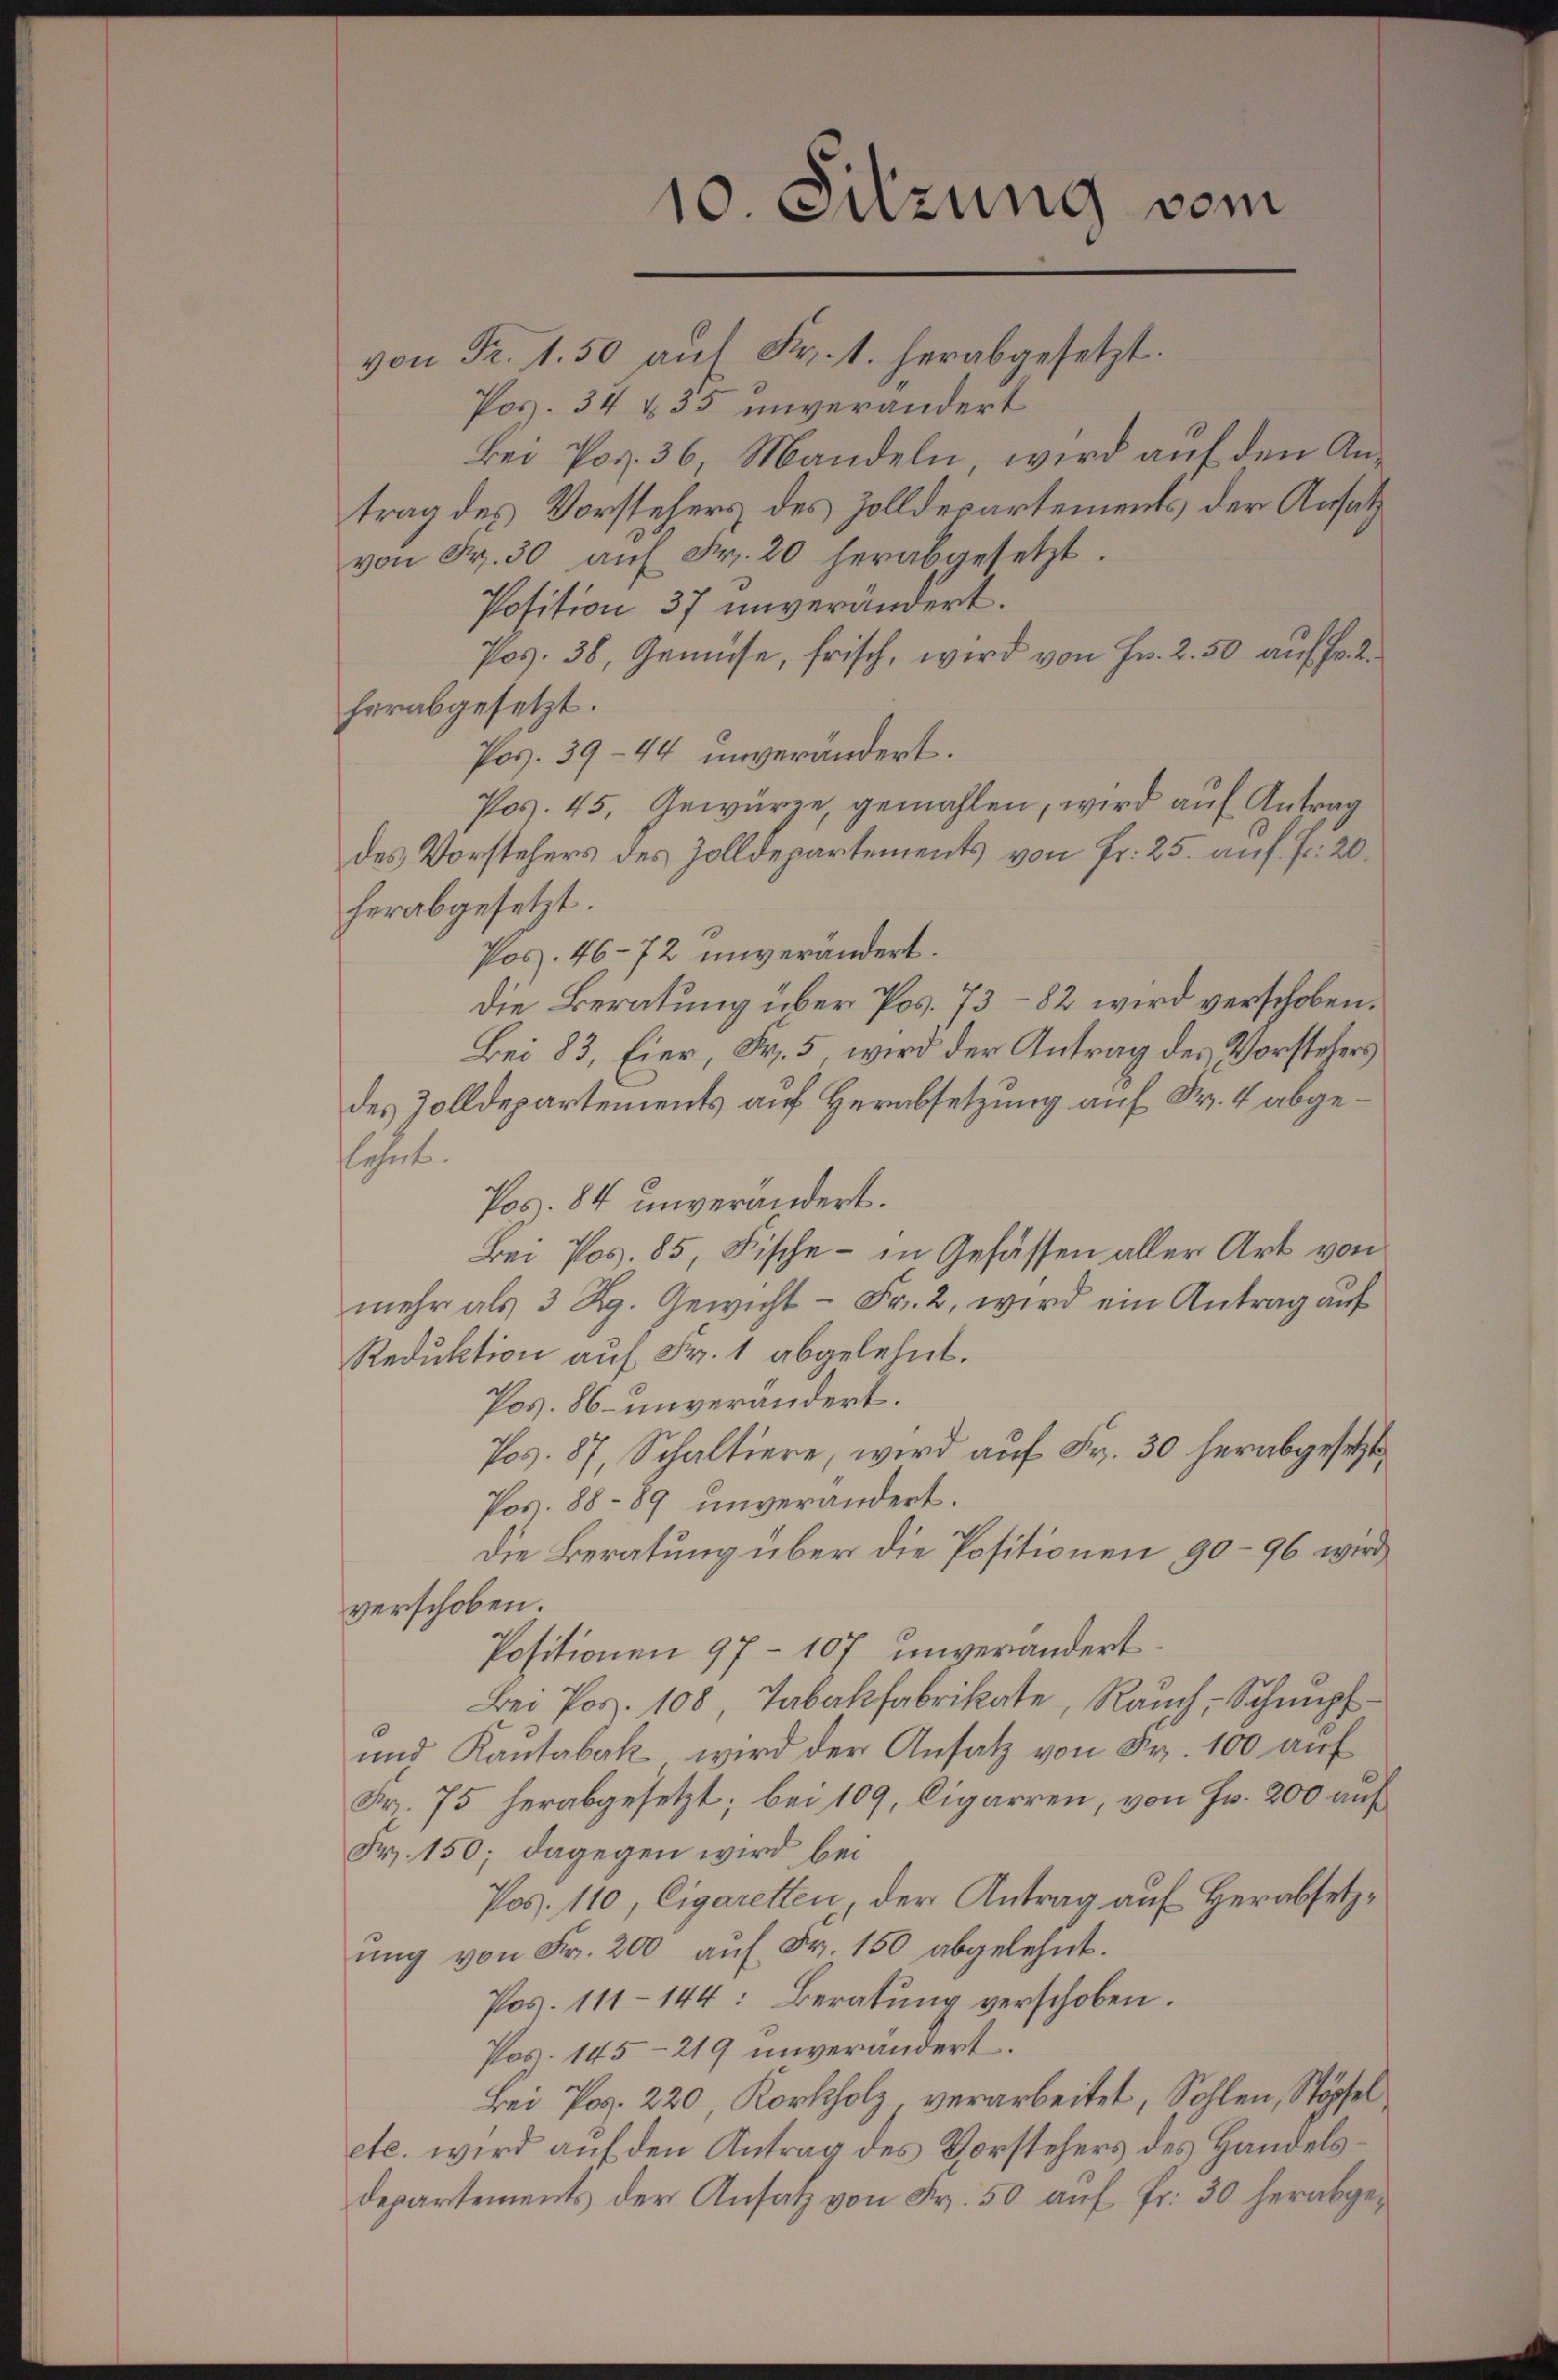
10. Sitzung vom
von Fr. 1.50 auf Fr. 1. herabgesetzt.

Pos. 34 § 35 unverändert
Bei Pos. 36, Mandeln, wird auf den Antrag des Vorstehers des Zolldepartements, der Ansatz
von Fr. 30 aŭf Fr. 20 herabgesetzt.
Position 37 unverändert.
Pos. 38, Gemüse, frisch, wird von Fr. 2.50 auf Fr. 2
herabgesetzt.
Pos. 39—44 unverändert.
Pos. 45. Gewürze, gemahlen, wird auf Antrag
des Vorstehers des Zolldepartements von Fr. 25. auf Fr. 20.
herabgesetzt.
Pos. 46-72 unverändert.
die Beratung über Pos. 73 - 82 wird verschoben.
Bei 83, Eier, Fr. 5, wird der Antrag des Vorstehers
des Zolldepartements auf Herabsetzung auf Fr. 4 abgelehnte.
Pos. 84 unverändert.
Bei Pos. 85, Fische - in Gefässen aller Art von
mehr als 3 Rp. Gewicht - Fr. 2, wird ein Antrag auf
Reduktion auf Fr. 1 abgelehnt.
Pos. 86 unverändert.
Pos. 87, Schaltiere, wird auf Fr. 30 herabgesetzt
Pos. 88 - 89 unverändert.
Die Beratung über die Positionen 90-96 wird
verschoben.
Positionen 97-10' unverändert.
Bei Pos. 108 Tabakfabrikate, Rauch, Schnupf¬
und Kautabak wird der Ansatz von Fr. 100 auf
Fr. 75 herabgesetzt; bei 109, Cigarren, von Fr. 200 auf
Fr. 150; dagegen wird bei
Pos. 110, Cigaretten, der Antrag auf Herabsetzŭng von Fr. 200 auf Fr. 150 abgelehnt.
Pos. 111-144: Beratung verschoben.
Pos. 145-219 unverändert.
Bei Pos. 220 Korkholz, verarbeitet, Sohlen, Stöpfel
etc. wird auf den Antrag des Vorstehers des Handels¬
Departements der Ansatz von Fr. 50 auf Fr. 30 herabge¬